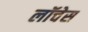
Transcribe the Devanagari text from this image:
लॉचेस